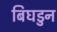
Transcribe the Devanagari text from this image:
बिघडुन